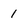
Character: 1